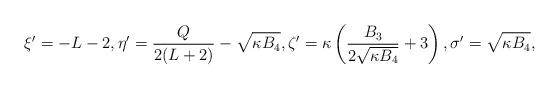
\begin{align*} \xi' = -L-2, \eta' = \frac{Q}{2(L+2)} - \sqrt{\kappa B_4}, \zeta' = \kappa \left( \frac{B_3}{2\sqrt{\kappa B_4}} + 3\right), \sigma' = \sqrt{\kappa B_4},\end{align*}